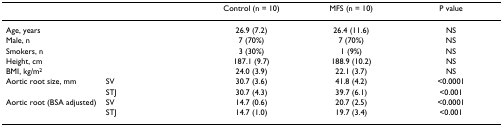
<table><thead><tr><td></td><td></td><td><b>Control (n = 10)</b></td><td><b>MFS (n = 10)</b></td><td><b>P value</b></td></tr></thead><tbody><tr><td>Age, years</td><td></td><td>26.9 (7.2)</td><td>26.4 (11.6)</td><td>NS</td></tr><tr><td>Male, n</td><td></td><td>7 (70%)</td><td>7 (70%)</td><td>NS</td></tr><tr><td>Smokers, n</td><td></td><td>3 (30%)</td><td>1 (9%)</td><td>NS</td></tr><tr><td>Height, cm</td><td></td><td>187.1 (9.7)</td><td>188.9 (10.2)</td><td>NS</td></tr><tr><td>BMI, kg/m<sup>2</sup></td><td></td><td>24.0 (3.9)</td><td>22.1 (3.7)</td><td>NS</td></tr><tr><td>Aortic root size, mm</td><td>SV</td><td>30.7 (3.6)</td><td>41.8 (4.2)</td><td>&lt;0.0001</td></tr><tr><td></td><td>STJ</td><td>30.7 (4.3)</td><td>39.7 (6.1)</td><td>&lt;0.001</td></tr><tr><td>Aortic root (BSA adjusted)</td><td>SV</td><td>14.7 (0.6)</td><td>20.7 (2.5)</td><td>&lt;0.0001</td></tr><tr><td></td><td>STJ</td><td>14.7 (1.0)</td><td>19.7 (3.4)</td><td>&lt;0.001</td></tr></tbody></table>